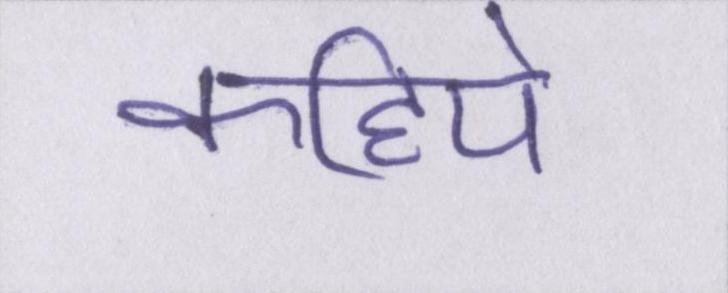
कहिये